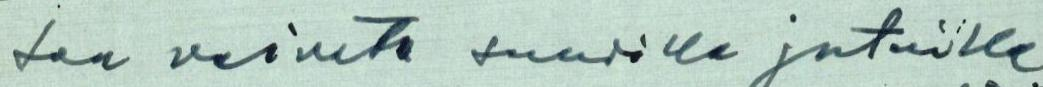
saa vaivata suurilla jutuilla